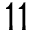
{ 1 1 }